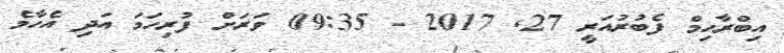
އިބްރާހިމް ފެބުރުއަރީ 27